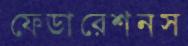
ফেডারেশনস